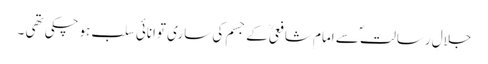
جلالِ رسالتؐ سے امام شافعیؒ کے جسم کی ساری توانائی سلب ہوچکی تھی ۔